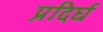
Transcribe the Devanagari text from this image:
प्रदिर्घ